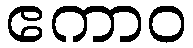
ဧကာဝ